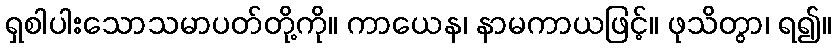
ရှစါပါးသောသမာပတ်တို့ကို။ ကာယေန၊ နာမကာယဖြင့်။ ဖုသိတွာ၊ ရ၍။